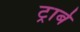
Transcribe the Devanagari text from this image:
ट्राबे